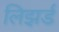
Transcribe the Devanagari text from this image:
लिझर्ड